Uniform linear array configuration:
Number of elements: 12
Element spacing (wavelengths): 0.25
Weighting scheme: exponential
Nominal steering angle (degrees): -60
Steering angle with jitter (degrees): -59.691
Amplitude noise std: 0.05
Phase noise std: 0.05

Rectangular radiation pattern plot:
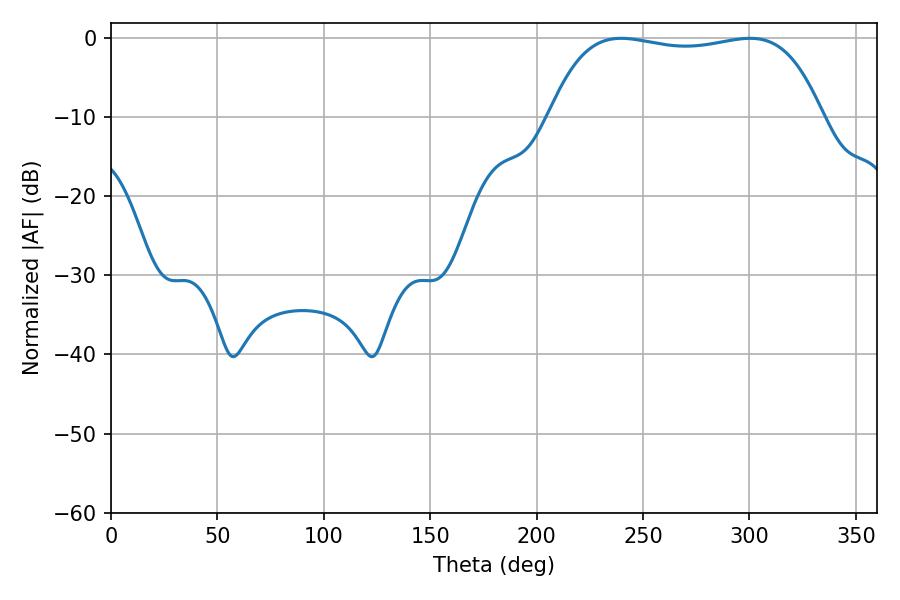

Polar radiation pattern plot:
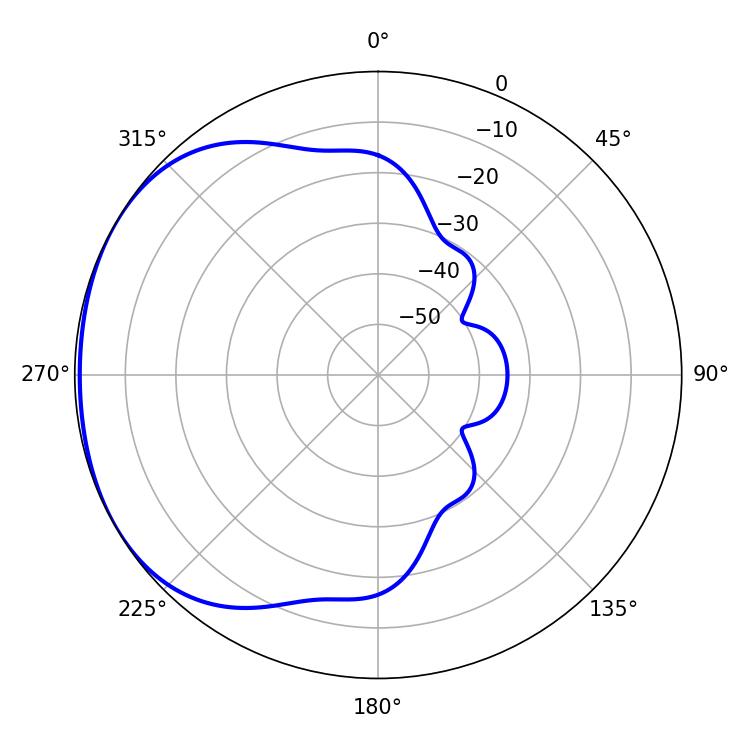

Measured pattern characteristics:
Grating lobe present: FALSE
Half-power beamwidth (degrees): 102.24
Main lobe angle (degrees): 239.76